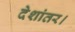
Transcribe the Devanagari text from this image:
देशांतर।